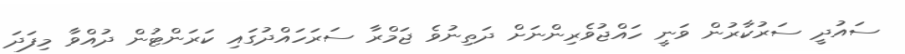
ސައުދީ ސަރުކާރުން ވަނީ ހައްޖުވެރިންނަށް ދަތިނުވެ ޖަމްރާ ސަރަހައްދުގައި ކަރަންޓުން ދުއްވާ މިފަދަ